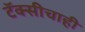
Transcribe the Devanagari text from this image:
टॅक्सीचाही